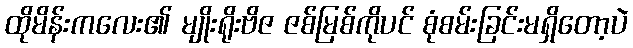
ထိုမိန်းကလေး၏ မျိုးရိုးဗိဇ ဇစ်မြစ်ကိုပင် စုံစမ်းခြင်းမရှိတော့ပဲ